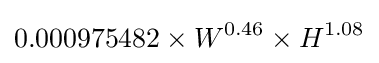
0.000975482\times W^{0.46}\times H^{1.08}